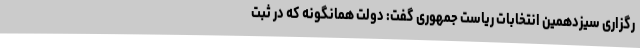
رگزاری سیزدهمین انتخابات ریاست جمهوری گفت: دولت همانگونه که در ثبت